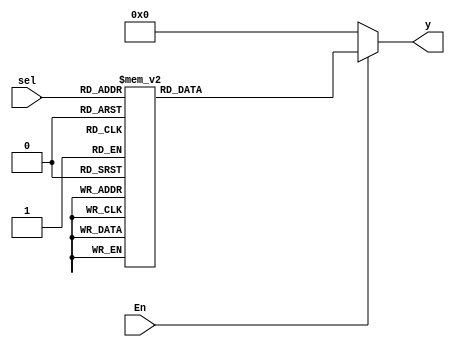
`timescale 1ns / 1ps
//////////////////////////////////////////////////////////////////////////////////
// Company: 
// Engineer: 
// 
// Design Name: 
// Module Name:    decoder_3_8 
// Project Name: 
// Target Devices: 
// Tool versions: 
// Description: 
//
// Dependencies: 
//
// Revision: 
// Revision 0.01 - File Created
// Additional Comments: 
//
//////////////////////////////////////////////////////////////////////////////////
module decoder_3_8(
        input [2:0] sel,
        input En,
        output reg[7:0] y
    );
    
    always @ (sel,En) begin
        if(En) begin
            case(sel)
                3'b000: y=8'h01;
                3'b001: y=8'h02;
                3'b010: y=8'h04;
                3'b011: y=8'h08;
                3'b100: y=8'h10;
                3'b101: y=8'h20;
                3'b110: y=8'h40;
                3'b111: y=8'h80;    
            endcase           
        end
        else begin
            y=8'b0;
        end
    end
endmodule